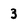
Character: 3